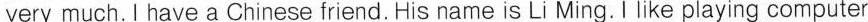
very much.I have a Chinese friend. His name is Li Ming. I like playing computer